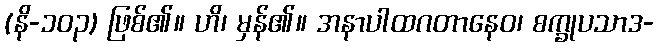
(နိ-၁၀၃) ဖြစ်၏။ ဟိ၊ မှန်၏။ အနာပါထဂတာနေဝ၊ စက္ခုပသာဒ-